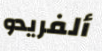
ألفريدو